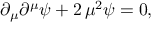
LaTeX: \partial _ { \mu } \partial ^ { \mu } \psi + 2 \, \mu ^ { 2 } \psi = 0 ,